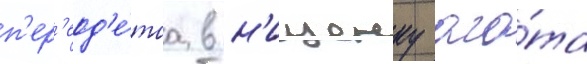
п'ер'еод'е́таа в н'ищенку ага́та